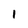
Character: 1